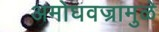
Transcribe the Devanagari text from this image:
अमोघवज्रामुळे